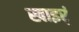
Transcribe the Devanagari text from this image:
खाइर्ं